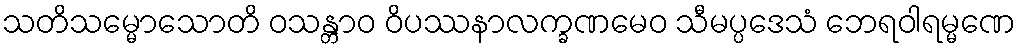
သတိသမ္မောသောတိ ဝသန္တာဝ ဝိပဿနာလက္ခဏမေဝ သီမပ္ပဒေသံ ဘေရဝါရမ္မဏေ